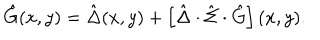
\hat { G } ( x , y ) = \hat { \Delta } ( x , y ) + \left[ \hat { \Delta } \cdot \hat { \Sigma } \cdot \hat { G } \right] ( x , y ) .